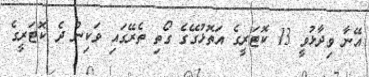
އޭނާ ވިދާޅުވީ 13 ކޮޓަރީގެ އަތޮޅުގޭގެ ގޯތި ތެރޭގައި ވަކިން ދެ ކޮޓަރީގެ